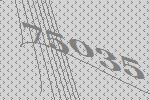
75035